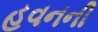
હવનની